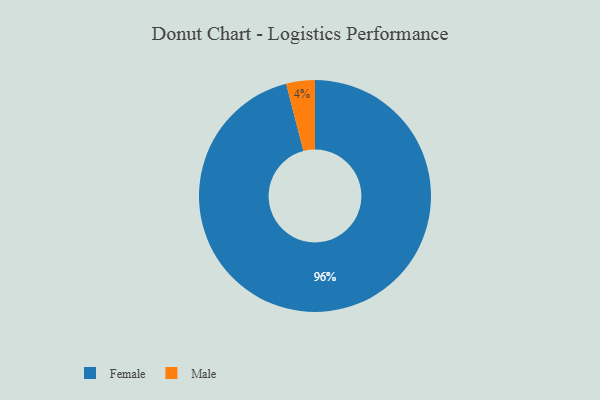
{"axis": {"x": "Category", "y": "Percentage"}, "legend": ["Female", "Male"], "data": [{"x": "Male", "y": 4, "type": "Male"}, {"x": "Female", "y": 96, "type": "Female"}]}